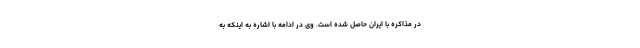
در مذاکره با ایران حاصل شده است. وی در ادامه با اشاره به اینکه به